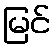
မြင်